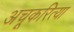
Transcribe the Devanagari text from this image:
अचूकरित्या